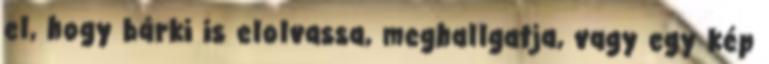
el, hogy bárki is elolvassa, meghallgatja, vagy egy kép